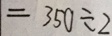
= 3 5 0 \div 2